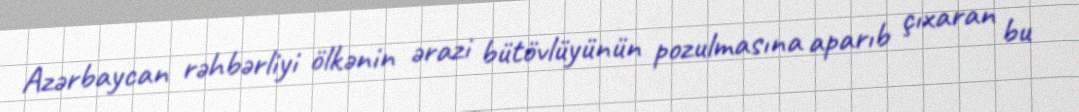
Azərbaycan rəhbərliyi ölkənin ərazi bütövlüyünün pozulmasına aparıb çıxaran bu